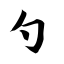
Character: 勺